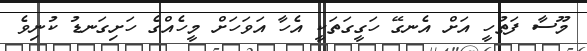
މޫސާ ފަތުހީ އަށް އެނގޭ ހަގީގަތަކީ އެހާ އަވަހަށް މީހެއްގެ ހަށިގަނޑު ކުނިވެ